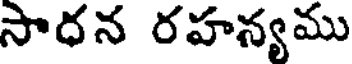
సాధన రహన్యము